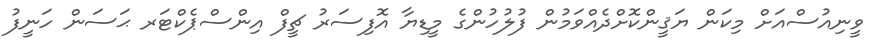
ވީނިއުސްއަށް މިކަން ޔަޤީންކޮށްދެއްވަމުން ފުލުހުންގެ މީޑިޔާ އޮފިސަރު ޗީފް އިންސްޕެކްޓަރ ޙަސަން ހަނީފު